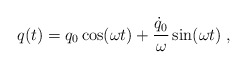
\begin{align*}q(t) = q_0 \cos(\omega t) + {\dot{q}_0 \over \omega} \sin(\omega t) \; ,\end{align*}